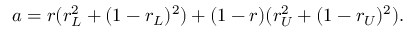
a = r ( r _ { L } ^ { 2 } + ( 1 - r _ { L } ) ^ { 2 } ) + ( 1 - r ) ( r _ { U } ^ { 2 } + ( 1 - r _ { U } ) ^ { 2 } ) .